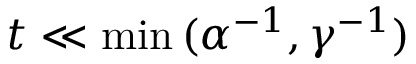
t \ll \operatorname* { m i n } { ( \alpha ^ { - 1 } , \gamma ^ { - 1 } ) }